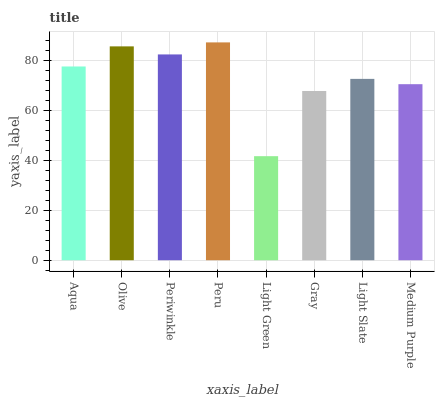
| xaxis_label | bars |
 | --- | --- |
 | Aqua | 77.7 |
 | Olive | 85.8 |
 | Periwinkle | 82.5 |
 | Peru | 87.4 |
 | Light Green | 41.7 |
 | Gray | 67.9 |
 | Light Slate | 72.7 |
 | Medium Purple | 70.6 |